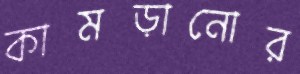
কামড়ানোর